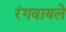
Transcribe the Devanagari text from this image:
रंगवायले